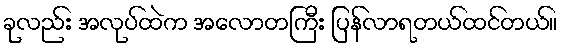
ခုလည်း အလုပ်ထဲက အလောတကြီး ပြန်လာရတယ်ထင်တယ်။